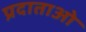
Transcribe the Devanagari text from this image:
प्रदाताओ